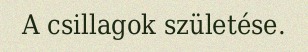
A csillagok születése.